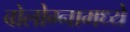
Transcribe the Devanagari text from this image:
बोलोग्नामध्ये